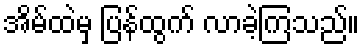
အိမ်ထဲမှ ပြန်ထွက် လာခဲ့ကြသည်။